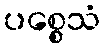
ပစ္စေသံ